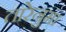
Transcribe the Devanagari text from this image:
तारेनुमा